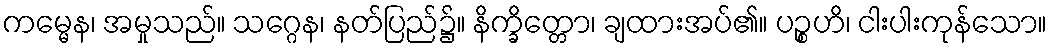
ကမ္မေန၊ အမှုသည်။ သဂ္ဂေန၊ နတ်ပြည်၌။ နိက္ခိတ္တော၊ ချထားအပ်၏။ ပဉ္စဟိ၊ ငါးပါးကုန်သော။